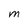
Character: M